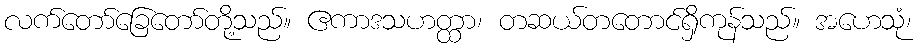
လက်တော်ခြေတော်တို့သည်။ ဧကာဒသဟတ္ထာ၊ တဆယ်တတောင်ရှိကုန်သည်။ အဟေသုံ၊